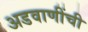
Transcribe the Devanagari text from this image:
अडवाणींची